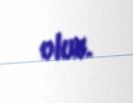
olub.